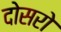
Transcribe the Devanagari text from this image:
दोसरो